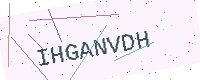
Text: IHGANVDH